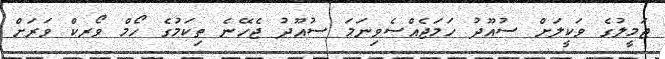
ޖަމީލުގެ ވަކީލަށް ސުއޫދު ހަމަޖެއްސެވިނަމަ ސުއޫދު ޖެހޭނެ ތިކަމުގެ ހޯމް ވޯރކް ވަރަށް